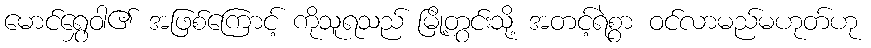
မောင်ရွှေဝါ၏ အဖြစ်ကြောင့် ကိုသူရသည် မြို့တွင်းသို့ အတင့်ရဲစွာ ဝင်လာမည်မဟုတ်ဟု